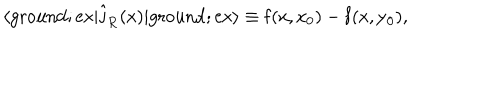
\langle \mathrm { g r o u n d } ; \mathrm { e x | \hat { j } _ { R } ( x ) | \mathrm { g r o u n d } ; \mathrm { e x \rangle \equiv f ( x , x _ { 0 } ) - f ( x , y _ { 0 } ) , } }